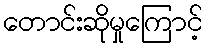
တောင်းဆိုမှုကြောင့်